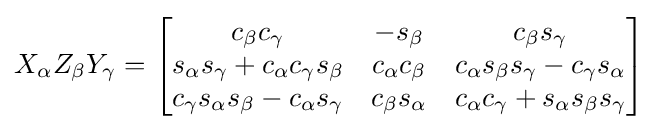
X_{\alpha }Z_{\beta }Y_{\gamma }={\begin{bmatrix}c_{\beta }c_{\gamma }&-s_{\beta }&c_{\beta }s_{\gamma }\\s_{\alpha }s_{\gamma }+c_{\alpha }c_{\gamma }s_{\beta }&c_{\alpha }c_{\beta }&c_{\alpha }s_{\beta }s_{\gamma }-c_{\gamma }s_{\alpha }\\c_{\gamma }s_{\alpha }s_{\beta }-c_{\alpha }s_{\gamma }&c_{\beta }s_{\alpha }&c_{\alpha }c_{\gamma }+s_{\alpha }s_{\beta }s_{\gamma }\end{bmatrix}}